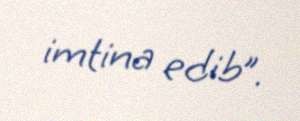
imtina edib”.